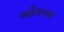
ભીમપરા